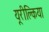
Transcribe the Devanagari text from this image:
यूरीक्लिया